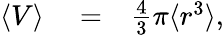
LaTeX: \begin{array}{rlr}{\langle V\rangle}&{{}=}&{\frac{4}{3}\pi\langle r^{3}\rangle,}\end{array}